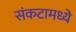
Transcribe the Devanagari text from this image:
संकटामध्ये